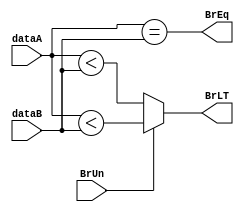
module BranchComp(dataA, dataB, BrUn, BrEq, BrLT);
input [31:0] dataA, dataB;
input BrUn;
output BrEq, BrLT;

assign BrEq = (dataA == dataB);
assign BrLT = (BrUn) ? ($signed(dataA) < $signed(dataB)) : (dataA < dataB);

endmodule